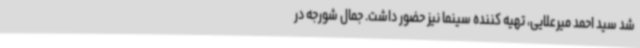
شد سید احمد میرعلایی، تهیه کننده سینما نیز حضور داشت. جمال شورجه در